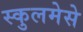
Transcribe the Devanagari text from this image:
स्कुलमेसे